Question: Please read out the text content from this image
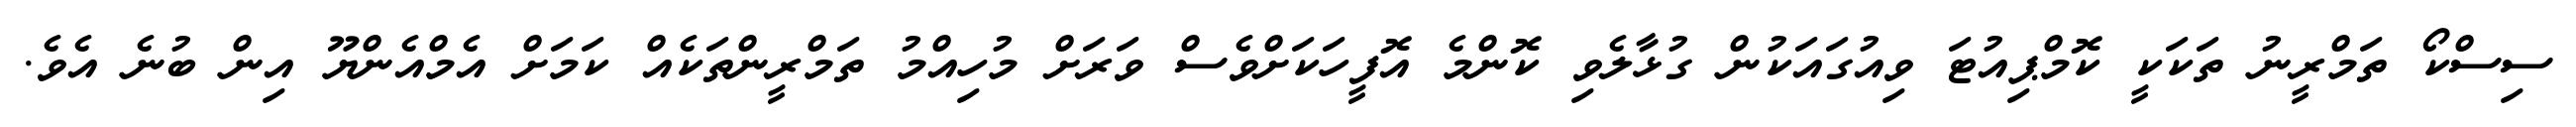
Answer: ސިސްކޯ ތަމްރީނު ތަކަކީ ކޮމްޕިއުޓަ ވިއުގައަކުން ގުޅާލެވި ކޮންމެ އޮފީހަކަށްވެސް ވަރަށް މުހިއްމު ތަމްރީންތަކެއް ކަމަށް އެމްއެންޔޫ އިން ބުނެ އެވެ.